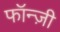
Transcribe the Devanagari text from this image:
फॉन्ज़ी